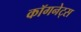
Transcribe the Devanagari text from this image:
कॉगनेट्स